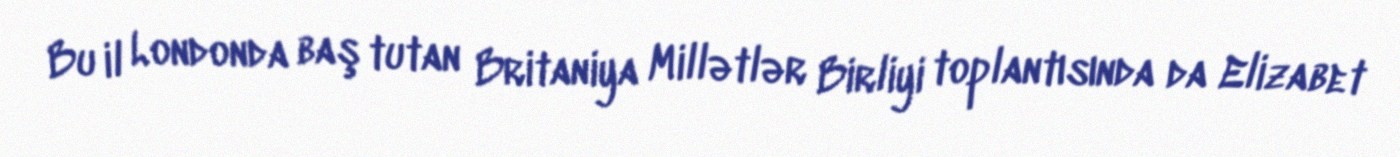
Bu il Londonda baş tutan Britaniya Millətlər Birliyi toplantısında da Elizabet